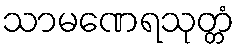
သာမဏေရသုတ္တံ